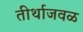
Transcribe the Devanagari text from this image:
तीर्थाजवळ